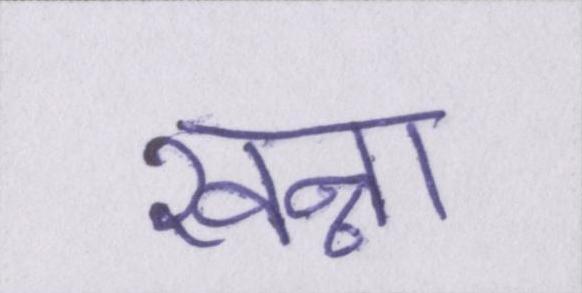
खन्ना